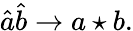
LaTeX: \hat{a}\hat{b}\rightarrow a\star b.